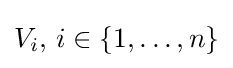
V_{i},\,i\in \{1,\ldots ,n\}